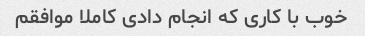
خوب با کاری که انجام دادی کاملا موافقم